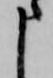
申